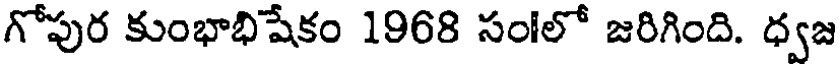
గోపుర కుంభాభిషేకం 1968 సంlలో జరిగింది. ధ్వజ